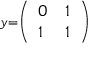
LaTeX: \scriptstyle y = \left( { \begin{array} { l l } { 0 } & { 1 } \\ { 1 } & { 1 } \end{array} } \right)